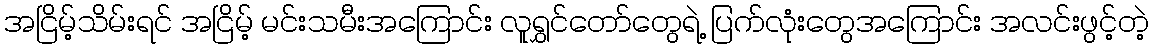
အငြိမ့်သိမ်းရင် အငြိမ့် မင်းသမီးအကြောင်း လူရွှင်တော်တွေရဲ့ ပြက်လုံးတွေအကြောင်း အလင်းဖွင့်တဲ့